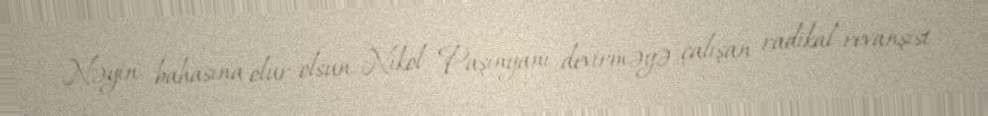
Nəyin bahasına olur-olsun, Nikol Paşinyanı devirməyə çalışan radikal-revanşist